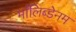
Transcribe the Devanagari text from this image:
माँलिब्डेनम